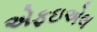
એફઇએલ